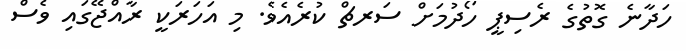
ހަދާނެ ގޮތުގެ ރެސިޕީ ހޯދުމަށް ސަރޗް ކުރެއެވެ. މި އަހަރަކީ ރާއްޖޭގައި ވެސް